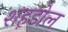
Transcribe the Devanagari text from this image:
शह़डोल